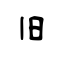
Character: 旧